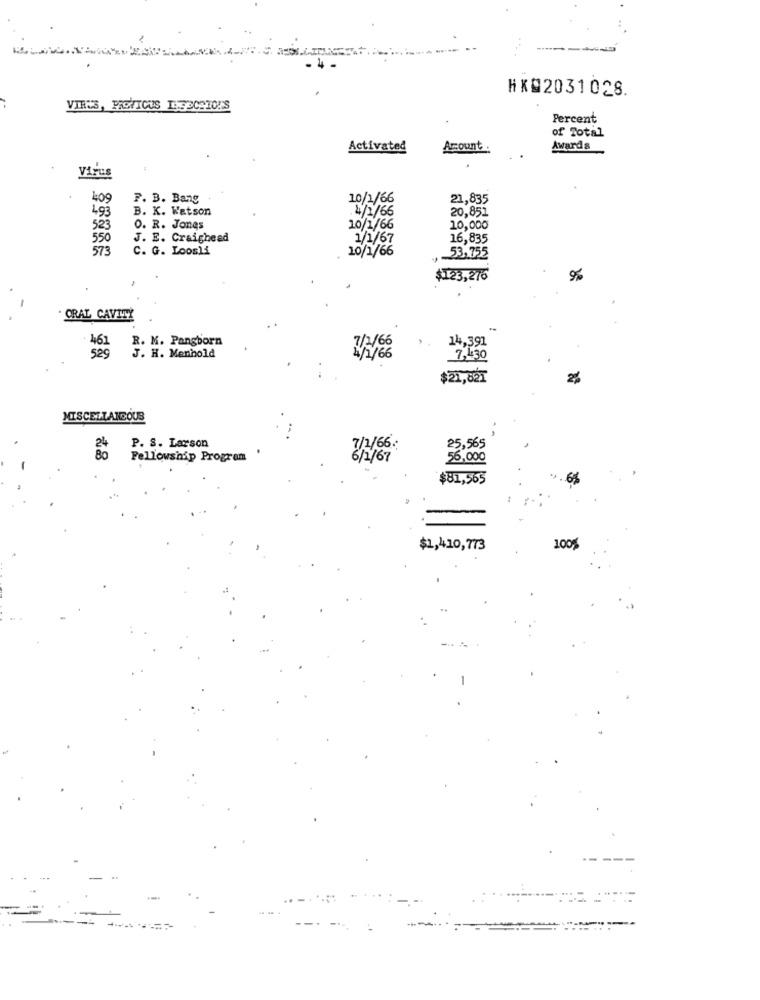
HK02031028.
VIRUS, PREVIOUS ISEECAIO!'S
Percent
of Total
Activated
Amount :
Awards
Virus
409
F. B. Bang
10/1/66
21,835
493
B. K. Watson
.4/1/66
20,851
523
O. R. Jones
10/1/66
10,000
550
J. E. Craighead
1/1/67
16,835
573
C. G. Loosli
10/1/66
53,755
, 2
$123,276
ORAL CAVITY
R. M. Pangborn
14,392
J. H. Menhold
529
1/2/6
7,430
$21,821
2%
MISCELLANEOUS
P. S. Larson
7/1/66:
25,565
Fellowship Program
611/67
56,000
$81,565
$1,410,773
100%